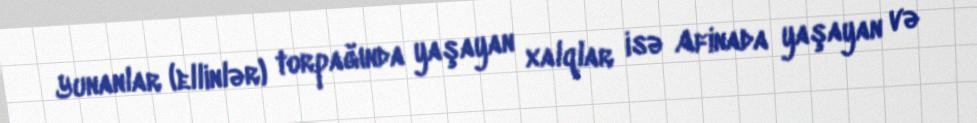
Yunanlar (ellinlər) torpağında yaşayan xalqlar isə Afinada yaşayan və